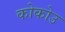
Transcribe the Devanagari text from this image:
कोकोउ